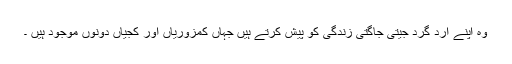
وہ اپنے ارد گرد جیتی جاگتی زندگی کو پیش کرتے ہیں جہاں کمزوریاں اور کجیاں دونوں موجود ہیں ۔